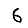
Digit: 6